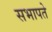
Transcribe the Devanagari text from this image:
सभापते